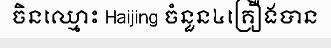
ចិនឈ្មោះ Haijing ចំនួន៤គ្រឿងបាន